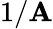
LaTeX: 1/\mathbf{A}